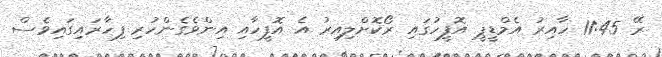
ރޭ 11:45 ހާއިރު އެމްޑީޕީ އޮފީހުގައި ރޯކޮށްލިއިރު އެ އޮފީހާއި އިންވެގެންހުރި ފިހާރައިގައިވެސް